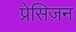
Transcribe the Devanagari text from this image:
प्रेसिज़न